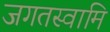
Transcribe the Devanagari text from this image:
जगतस्‍वामि